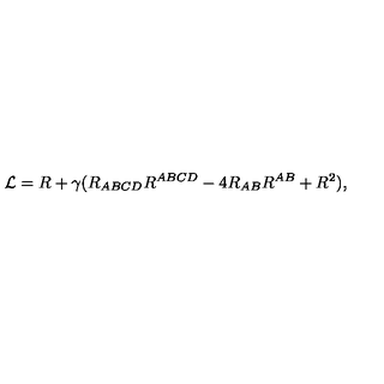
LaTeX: { \cal L } = R + \gamma ( R _ { A B C D } R ^ { A B C D } - 4 R _ { A B } R ^ { A B } + R ^ { 2 } ) ,